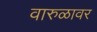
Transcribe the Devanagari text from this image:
वारुळावर